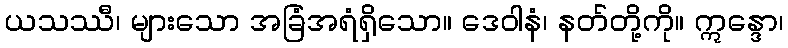
ယသဿီ၊ များသော အခြံအရံရှိသော။ ဒေဝါနံ၊ နတ်တို့ကို။ ဣန္ဒော၊